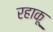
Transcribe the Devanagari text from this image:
रहाकू